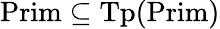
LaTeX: {\mathrm{Prim}}\subseteq{\mathrm{Tp}}({\mathrm{Prim}})